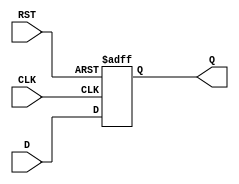
module IntermediateRegister (
    input wire [N-1:0] D,   // Data input
    input wire CLK,         // Clock input
    input wire RST,         // Reset input
    output reg [N-1:0] Q    // Data output
);
    parameter N = 8;        // Parameter for the width of the register (can be adjusted)

    // Always block for the register functionality
    always @(posedge CLK or posedge RST) begin
        if (RST) begin
            Q <= {N{1'b0}};  // Asynchronous reset to 0
        end else begin
            Q <= D;          // Capture data on the rising edge of the clock
        end
    end
endmodule